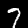
Label: 7